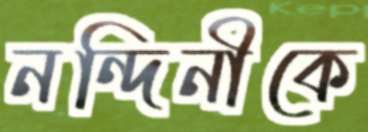
নন্দিনীকে